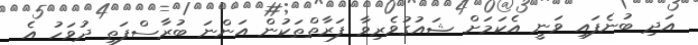
އަދި ބުނެފައި ވަނީ އެކަމަށް ޝައުގުވެރިވާ ފަރާތްތަކުން އަންނަ ބުރާސްފަތި ދުވަހު އެ